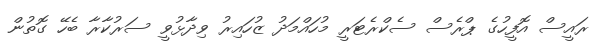
ރައީސް އޮފީހުގެ ޕްރެސް ސެކްރެޓަރީ މުހައްމަދު ޒުހައިރު ވިދާޅުވީ ސަރުކާރާ ބެހޭ ގޮތުން